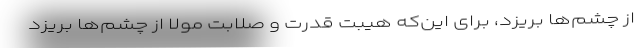
از چشم‌ها بریزد، برای این‌که هیبت قدرت و صلابت مولا از چشم‌ها بریزد